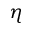
\eta